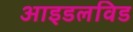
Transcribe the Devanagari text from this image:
आइडलविड